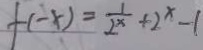
f ( - x ) = \frac { 1 } { 2 ^ { x } } + 2 ^ { x } - 1